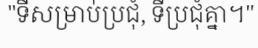
"ទីសម្រាប់ប្រជុំ, ទីប្រជុំគ្នា។"